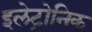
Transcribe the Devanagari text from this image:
इलेट्रोनिक